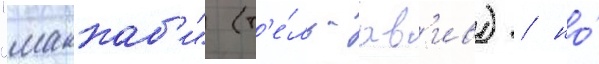
"маккаб'и" (т'е́ль-ав'ив) / но́